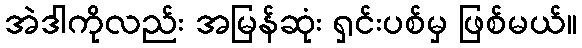
အဲဒါကိုလည်း အမြန်ဆုံး ရှင်းပစ်မှ ဖြစ်မယ်။